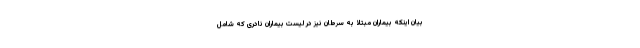
بیان اینکه بیماران مبتلا به سرطان نیز در لیست بیماران نادری که شامل